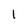
Character: l